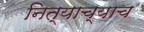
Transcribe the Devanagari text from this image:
नित्याच्याच